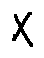
X